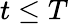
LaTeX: t\le T